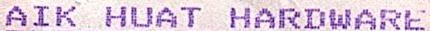
AIK HUAT HARDWARE